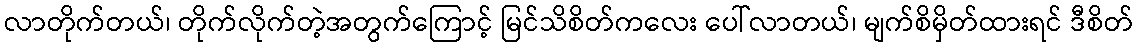
လာတိုက်တယ်၊ တိုက်လိုက်တဲ့အတွက်ကြောင့် မြင်သိစိတ်ကလေး ပေါ်လာတယ်၊ မျက်စိမှိတ်ထားရင် ဒီစိတ်